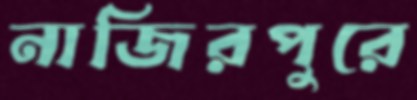
নাজিরপুরে